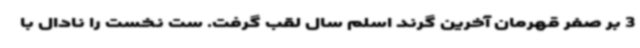
3 بر صفر قهرمان آخرین گرند اسلم سال لقب گرفت. ست نخست را نادال با